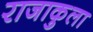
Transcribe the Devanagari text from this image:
राजाकुला